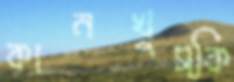
কানখুস্কি